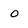
Character: o